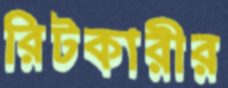
রিটকারীর